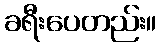
ခရီးပေတည်း။